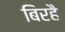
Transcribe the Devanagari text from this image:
बिरहै